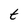
Character: t